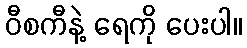
ဝီစကီနဲ့ ရေကို ပေးပါ။